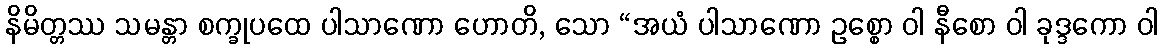
နိမိတ္တဿ သမန္တာ စက္ခုပထေ ပါသာဏော ဟောတိ, သော “အယံ ပါသာဏော ဥစ္စော ဝါ နီစော ဝါ ခုဒ္ဒကော ဝါ